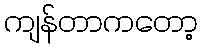
ကျန်တာကတော့